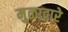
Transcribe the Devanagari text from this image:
मुळाद्वारे